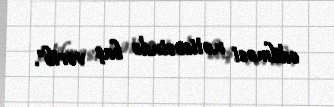
edilməsi nəticəsində baş verib".